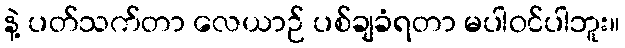
နဲ့ ပတ်သက်တာ လေယာဉ် ပစ်ချခံရတာ မပါဝင်ပါဘူး။